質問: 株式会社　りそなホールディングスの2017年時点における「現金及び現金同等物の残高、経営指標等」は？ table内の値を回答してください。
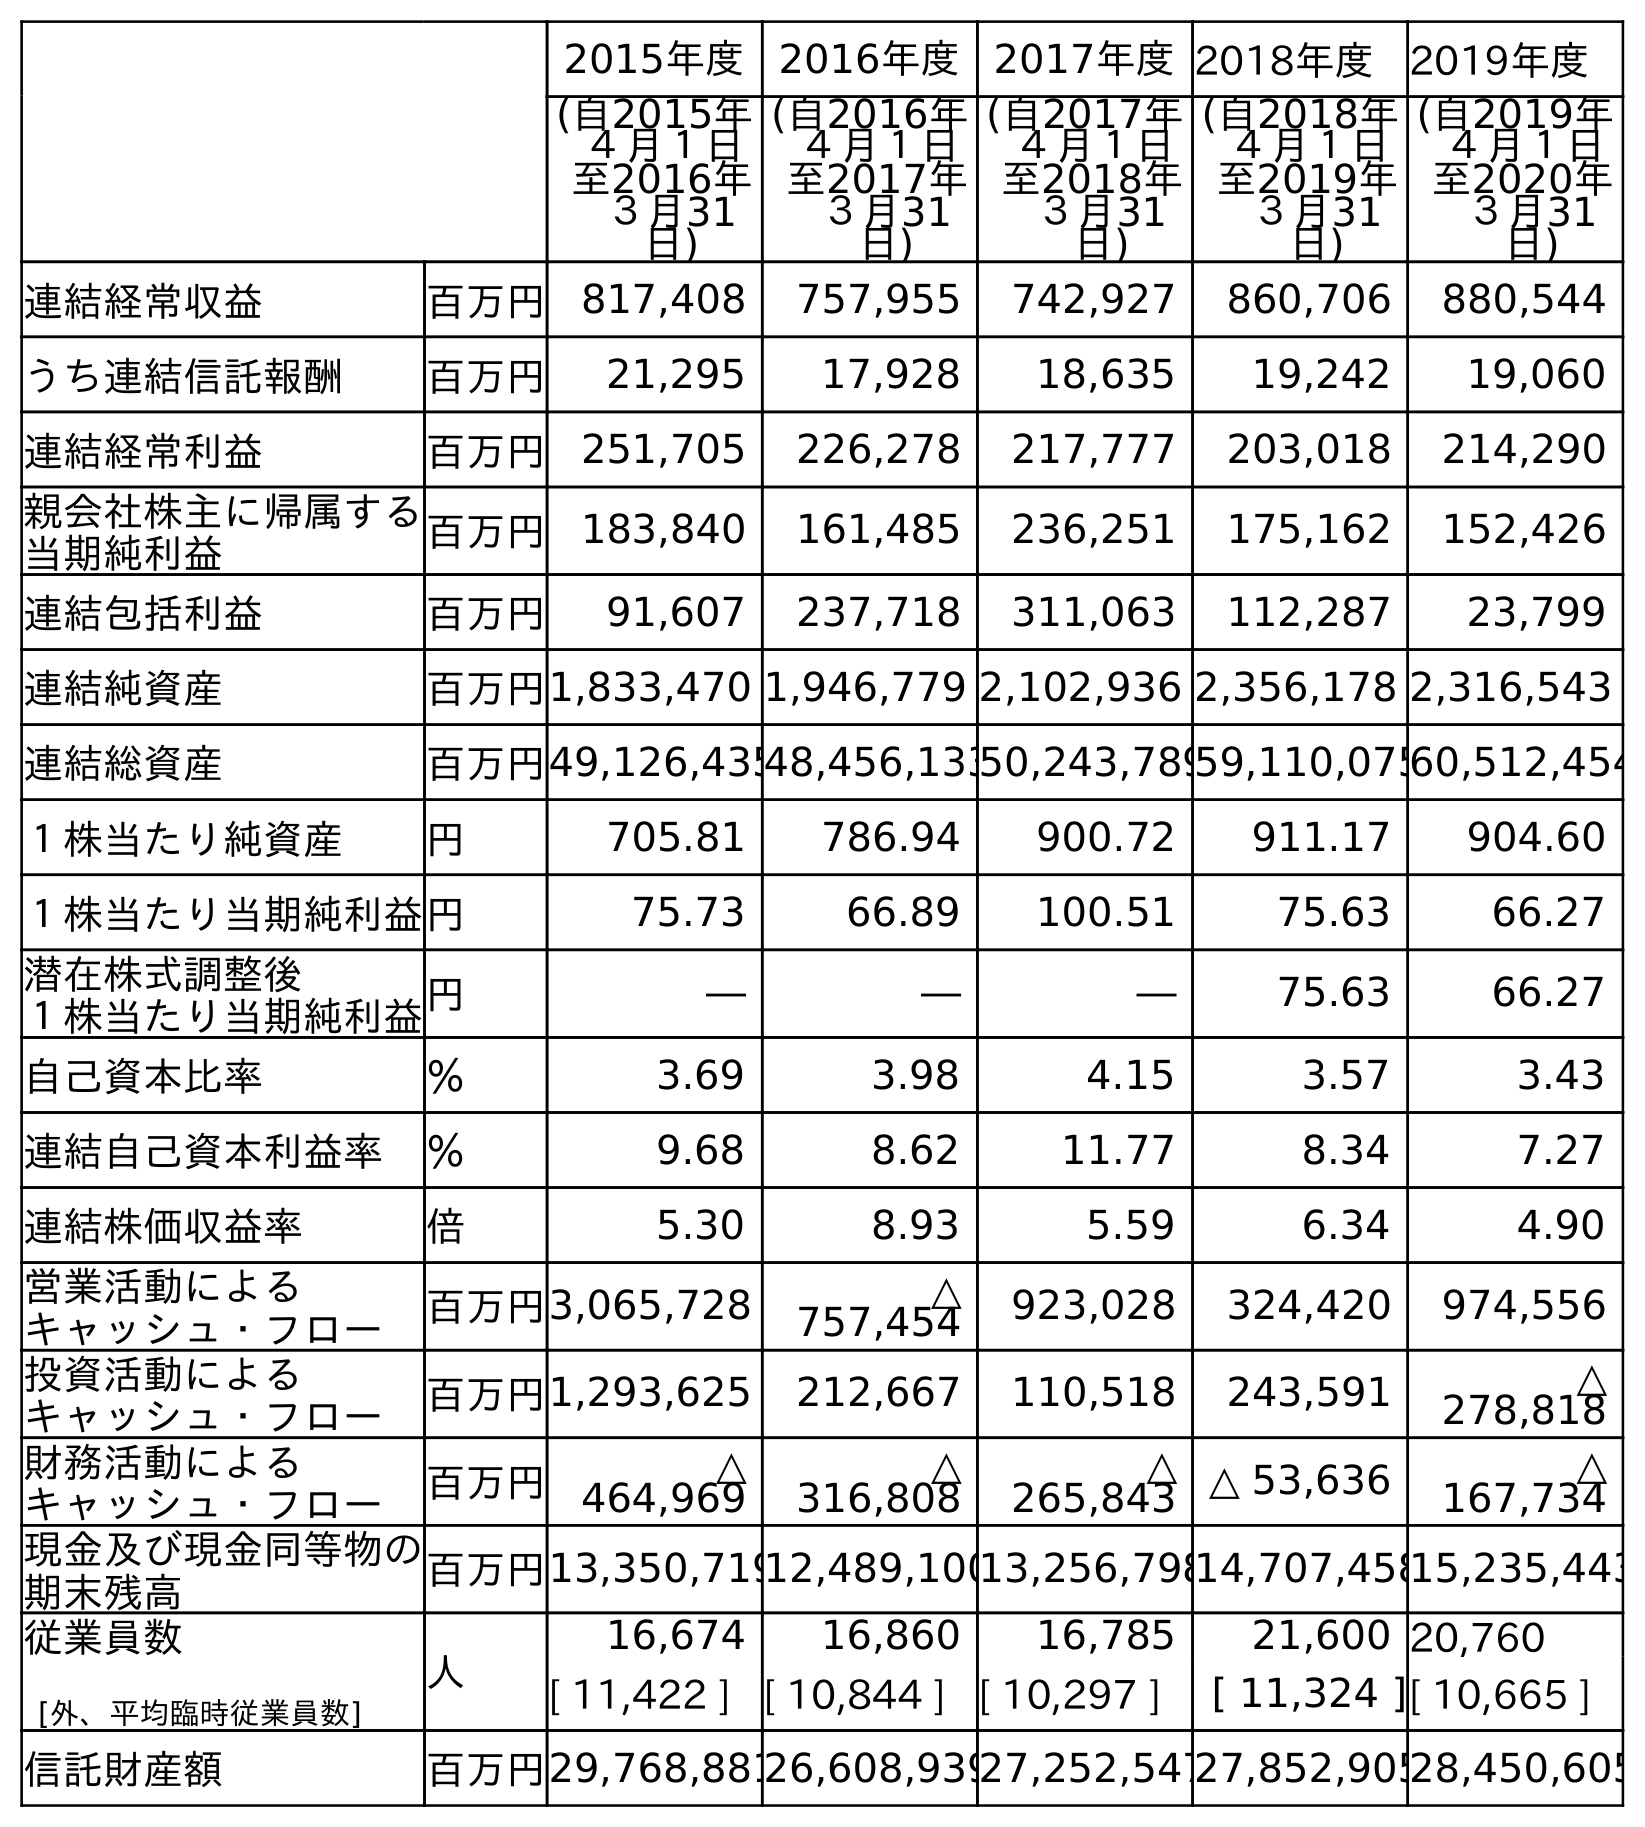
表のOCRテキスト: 2015年度 2016年度 2017年度2018年度 2019年度 (自2015年 ４月１日 至2016年 ３月31 日) (自2016年 ４月１日 至2017年 ３月31 日) (自2017年 ４月１日 至2018年 ３月31 日) (自2018年 ４月１日 至2019年 ３月31 日) (自2019年 ４月１日 至2020年 ３月31 日) 連結経常収益 百万円 817,408 757,955 742,927 860,706 880,544 うち連結信託報酬 百万円 21,295 17,928 18,635 19,242 19,060 連結経常利益 百万円 251,705 226,278 217,777 203,018 214,290 親会社株主に帰属する 当期純利益 百万円 183,840 161,485 236,251 175,162 152,426 連結包括利益 百万円 91,607 237,718 311,063 112,287 23,799 連結純資産 百万円1,833,470 1,946,779 2,102,936 2,356,178 2,316,543 連結総資産 百万円49,126,43548,456,13350,243,78959,110,07560,512,454 １株当たり純資産 円 705.81 786.94 900.72 911.17 904.60 １株当たり当期純利益円 75.73 66.89 100.51 75.63 66.27 潜在株式調整後 １株当たり当期純利益円 ― ― ― 75.63 66.27 自己資本比率 ％ 3.69 3.98 4.15 3.57 3.43 連結自己資本利益率 ％ 9.68 8.62 11.77 8.34 7.27 連結株価収益率 倍 5.30 8.93 5.59 6.34 4.90 営業活動による キャッシュ・フロー 百万円3,065,728 △ 757,454 923,028 324,420 974,556 投資活動による キャッシュ・フロー 百万円1,293,625 212,667 110,518 243,591 △ 278,818 財務活動による キャッシュ・フロー 百万円 △ 464,969 △ 316,808 △ 265,843 △ 53,636 △ 167,734 現金及び現金同等物の 期末残高 百万円13,350,71912,489,10013,256,79814,707,45815,235,443 従業員数 [外、平均臨時従業員数] 人 16,674 16,860 16,785 21,600 20,760 [ 11,422 ] [ 10,844 ] [ 10,297 ] [ 11,324 ][ 10,665 ] 信託財産額 百万円29,768,88126,608,93927,252,54727,852,90528,450,605
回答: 12,489,100